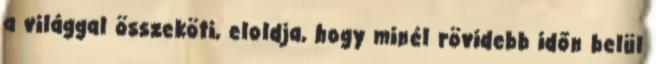
a világgal összeköti, eloldja, hogy minél rövidebb időn belül